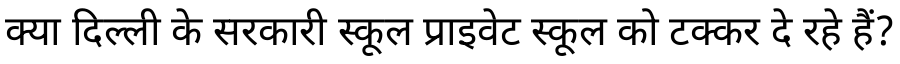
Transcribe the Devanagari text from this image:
क्या दिल्ली के सरकारी स्कूल प्राइवेट स्कूल को टक्कर दे रहे हैं?